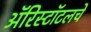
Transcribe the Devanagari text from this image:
ॲरिस्टॉटलचे